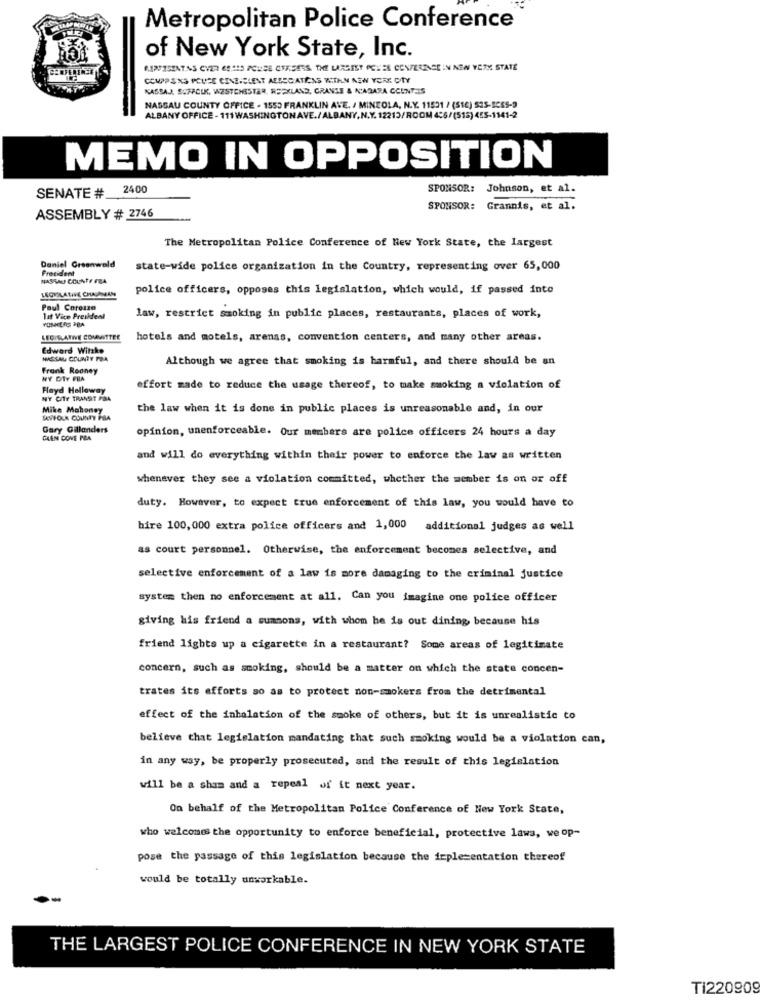
Metropolitan Police Conference
of New York State, Inc.
6.199ISENTAS CY23 69215 PCUSE OFASERS. THE LARGEST POWER CONFERINGE IN NEW YORK STATE
COUPPENS PCUISE CINEICLENT AESEDIATICAS KTAN NEW YORK CITY
KASSAJ. SUFACIK, WESTCHESTER, RSEXLAND, GRANSE & N'AGARA CCUNTIS
NASSAU COUNTY OFFICE - 1550 FRANKLIN AVE. / MINZOLA, N.Y. 11521 / (S12) 575-SE85-9
ALBANY OFFICE - 111 WASHINGTONAVE./ ALBANY, N.Y. 12215/ROOM 4:6/(518) 455-1141-2
MEMO IN OPPOSITION
2400
SPONSOR: Johnson, et al.
SENATE #
SPONSOR:
Grannis, et al.
ASSEMBLY # 2746
The Metropolitan Police Conference of New York State, the largest
President
Daniel Greenwald
state-wide police organization in the Country, representing over 65,000
NASSAU COUNTY FRA
LEQUELATIVE CHAPMAN
police officers, opposes this legislation, which would, if passed into
Paul Corezzo
lat Vice President
law, restrict smoking in public places, restaurants, places of work,
LECIRATWE COMMITTEE
hotels and motels, arenas, convention centers, and many other areas.
Edward Wilke
NASSAU COUNTY POR
Although we agree that smoking is harmful, and there should be an
Frank Rooney
NY DTY FIA
Hayd Holloway
effort made to reduce the usage thereof, to make smoking a violation of
N'Y CITY TRANSIT PBA
Mike Mahoney
the law when it is done in public places is unreasonable and, in our
SKVFOLK COUNTY PRA
Gary Gillanders
opinion, unenforceable. Our members are police officers 24 hours a day
GAAN COVE PIA
and will do everything within their power to enforce the law as written
whenever they see a violation committed, whether the member is on or off
duty. However, to expect true enforcement of this law, you would have to
bire 100,000 extra police officers and 1,000
additional judges as well
as court personnel. Otherwise, the enforcement becomes selective, and
selective enforcement of a law is more damaging to the criminal justice
system then no enforcement at all. Can you imagine one police officer
giving his friend a summons, with whom he is out dining because his
friend lights up a cigarette in a restaurant? Some areas of legitimate
concern, such as smoking, should be a matter on which the state concen-
trates its efforts so as to protect non-smokers from the detrimental
effect of the inhalation of the smoke of others, but it is unrealistic to
believe that legislation mandating that such smoking would be a violation can,
in any way, be properly prosecuted, and the result of this legislation
will be a sham and a repeal of it next year.
On behalf of the Metropolitan Police Conference of New York State,
who welcomes the opportunity to enforce beneficial, protective laws, we op-
pose the passage of this legislation because the deple=entation thereof
would be totally unworkable.
THE LARGEST POLICE CONFERENCE IN NEW YORK STATE
TI220909